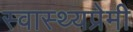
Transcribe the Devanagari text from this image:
स्वास्थ्यप्रेमी